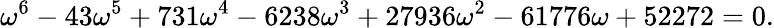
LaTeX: \omega^{6}-43\omega^{5}+731\omega^{4}-6238\omega^{3}+27936\omega^{2}-61776\omega+52272=0.